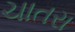
ચાતરા